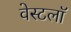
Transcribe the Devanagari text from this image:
वेस्टलॉ